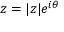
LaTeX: z = | z | e ^ { i \theta }